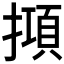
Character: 𢴦